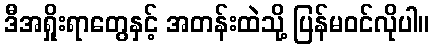
ဒီအရှိုးရာတွေနှင့် အတန်းထဲသို့ ပြန်မဝင်လိုပါ။